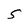
Character: S